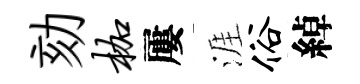
劾枷屢涯俗綽